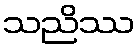
သညိဿ